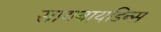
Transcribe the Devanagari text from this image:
सायनायडिन्स